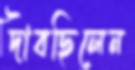
দাবছিলেন